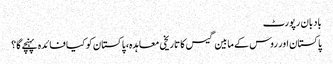
بادبان رپورٹ
پاکستان اور روس کے مابین گیس کا تاریخی معاہدہ، پاکستان کو کیا فائدہ پہنچے گا؟